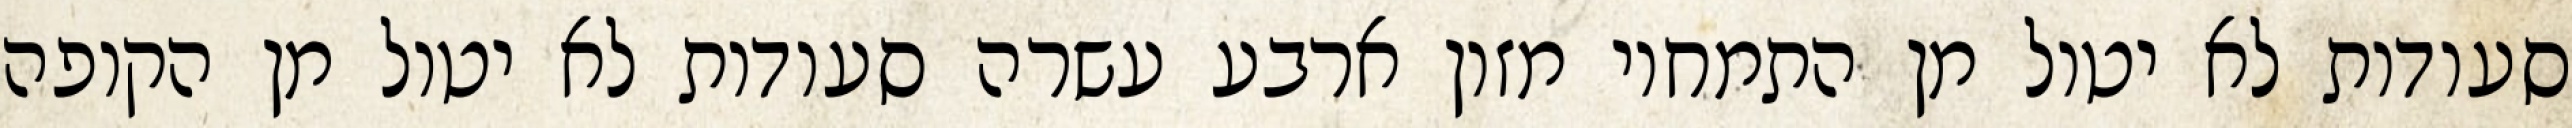
סעודות לא יטול מן התמחוי מזון ארבע עשרה סעודות לא יטול מן הקופה